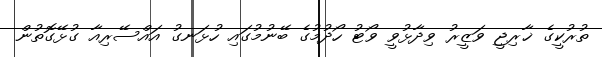
ތުރުކީގެ ޚާރިޖީ ވަޒީރު ވިދާޅުވީ ވޯޓު ހޯދުމުގެ ބޭނުމުގައި ހުޅަނގު އައްސޭރިއާ ގުޅޭގޮތުން